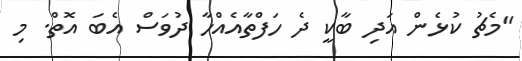
"މެޗު ކުޅެން އަދި ބާކީ ދެ ހަފްތާއެއްހާ ދުވަސް އެބަ އޮތް. މި